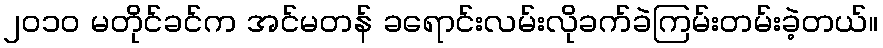
၂၀၁၀ မတိုင်ခင်က အင်မတန် ခရောင်းလမ်းလိုခက်ခဲကြမ်းတမ်းခဲ့တယ်။